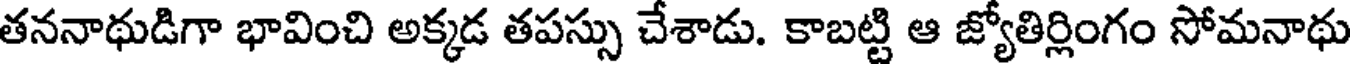
తననాథుడిగా భావించి అక్కడ తపస్సు చేశాడు. కాబట్టి ఆ జ్యోతిర్లింగం సోమనాథు